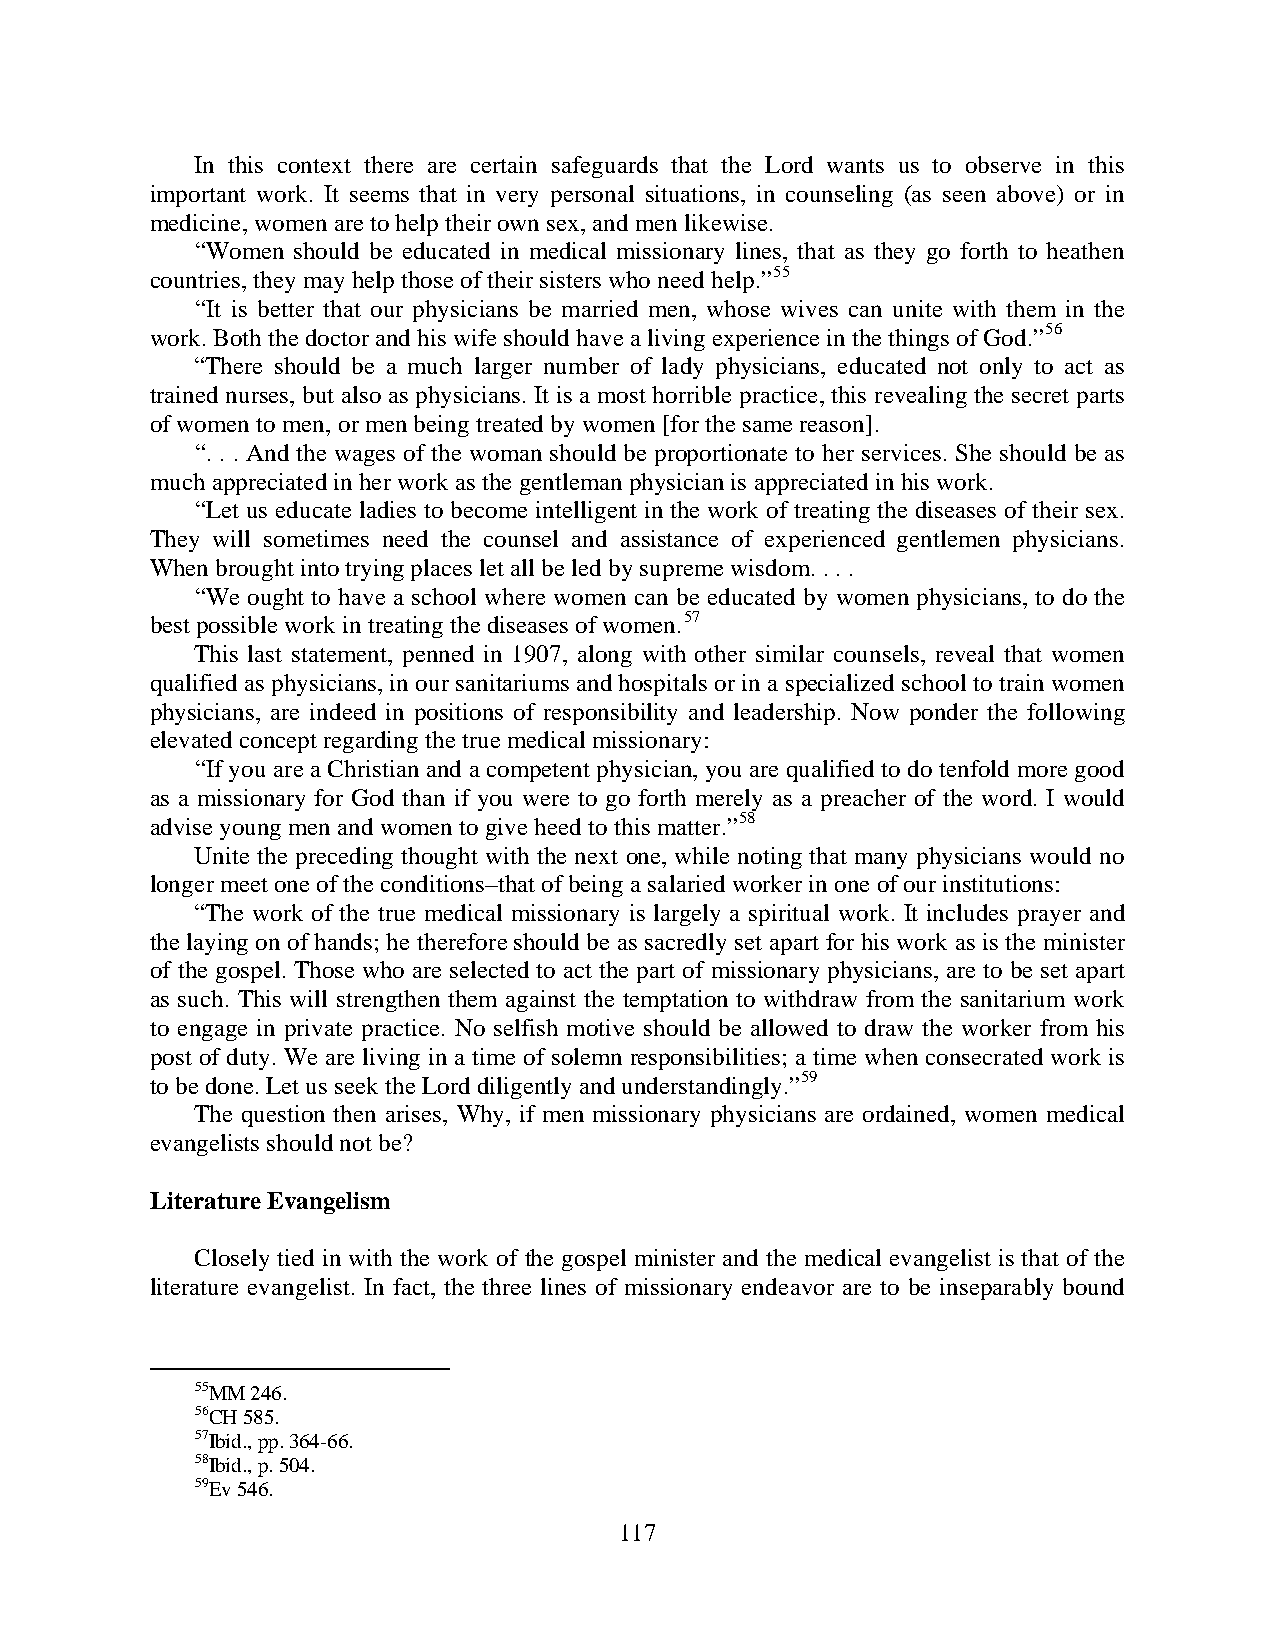
In this context there are certain safeguards that the Lord wants us to observe in this
 important work. It seems that in very personal situations, in counseling (as seen above) or in
 medicine, women are to help their own sex, and men likewise.
 “Women should be educated in medical missionary lines, that as they go forth to heathen
 countries, they may help those of their sisters who need help.”55
 “It is better that our physicians be married men, whose wives can unite with them in the
 work. Both the doctor and his wife should have a living experience in the things of God.”56
 “There should be a much larger number of lady physicians, educated not only to act as
 trained nurses, but also as physicians. It is a most horrible practice, this revealing the secret parts
 of women to men, or men being treated by women [for the same reason].
 “. . . And the wages of the woman should be proportionate to her services. She should be as
 much appreciated in her work as the gentleman physician is appreciated in his work.
 “Let us educate ladies to become intelligent in the work of treating the diseases of their sex.
 They will sometimes need the counsel and assistance of experienced gentlemen physicians.
 When brought into trying places let all be led by supreme wisdom. . . .
 “We ought to have a school where women can be educated by women physicians, to do the
 best possible work in treating the diseases of women.57
 This last statement, penned in 1907, along with other similar counsels, reveal that women
 qualified as physicians, in our sanitariums and hospitals or in a specialized school to train women
 physicians, are indeed in positions of responsibility and leadership. Now ponder the following
 elevated concept regarding the true medical missionary:
 “If you are a Christian and a competent physician, you are qualified to do tenfold more good
 as a missionary for God than if you were to go forth merely as a preacher of the word. I would
 advise young men and women to give heed to this matter.”58
 Unite the preceding thought with the next one, while noting that many physicians would no
 longer meet one of the conditions–that of being a salaried worker in one of our institutions:
 “The work of the true medical missionary is largely a spiritual work. It includes prayer and
 the laying on of hands; he therefore should be as sacredly set apart for his work as is the minister
 of the gospel. Those who are selected to act the part of missionary physicians, are to be set apart
 as such. This will strengthen them against the temptation to withdraw from the sanitarium work
 to engage in private practice. No selfish motive should be allowed to draw the worker from his
 post of duty. We are living in a time of solemn responsibilities; a time when consecrated work is
 to be done. Let us seek the Lord diligently and understandingly.”59
 The question then arises, Why, if men missionary physicians are ordained, women medical
 evangelists should not be?
 Literature Evangelism
 Closely tied in with the work of the gospel minister and the medical evangelist is that of the
 literature evangelist. In fact, the three lines of missionary endeavor are to be inseparably bound
 55MM 246.
 56CH 585.
 57Ibid., pp. 364-66.
 58Ibid., p. 504.
 59Ev 546.
 117